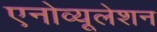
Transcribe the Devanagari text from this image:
एनोव्यूलेशन